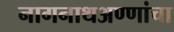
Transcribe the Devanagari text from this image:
नागनाथअण्णांचा